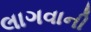
લાગવાની